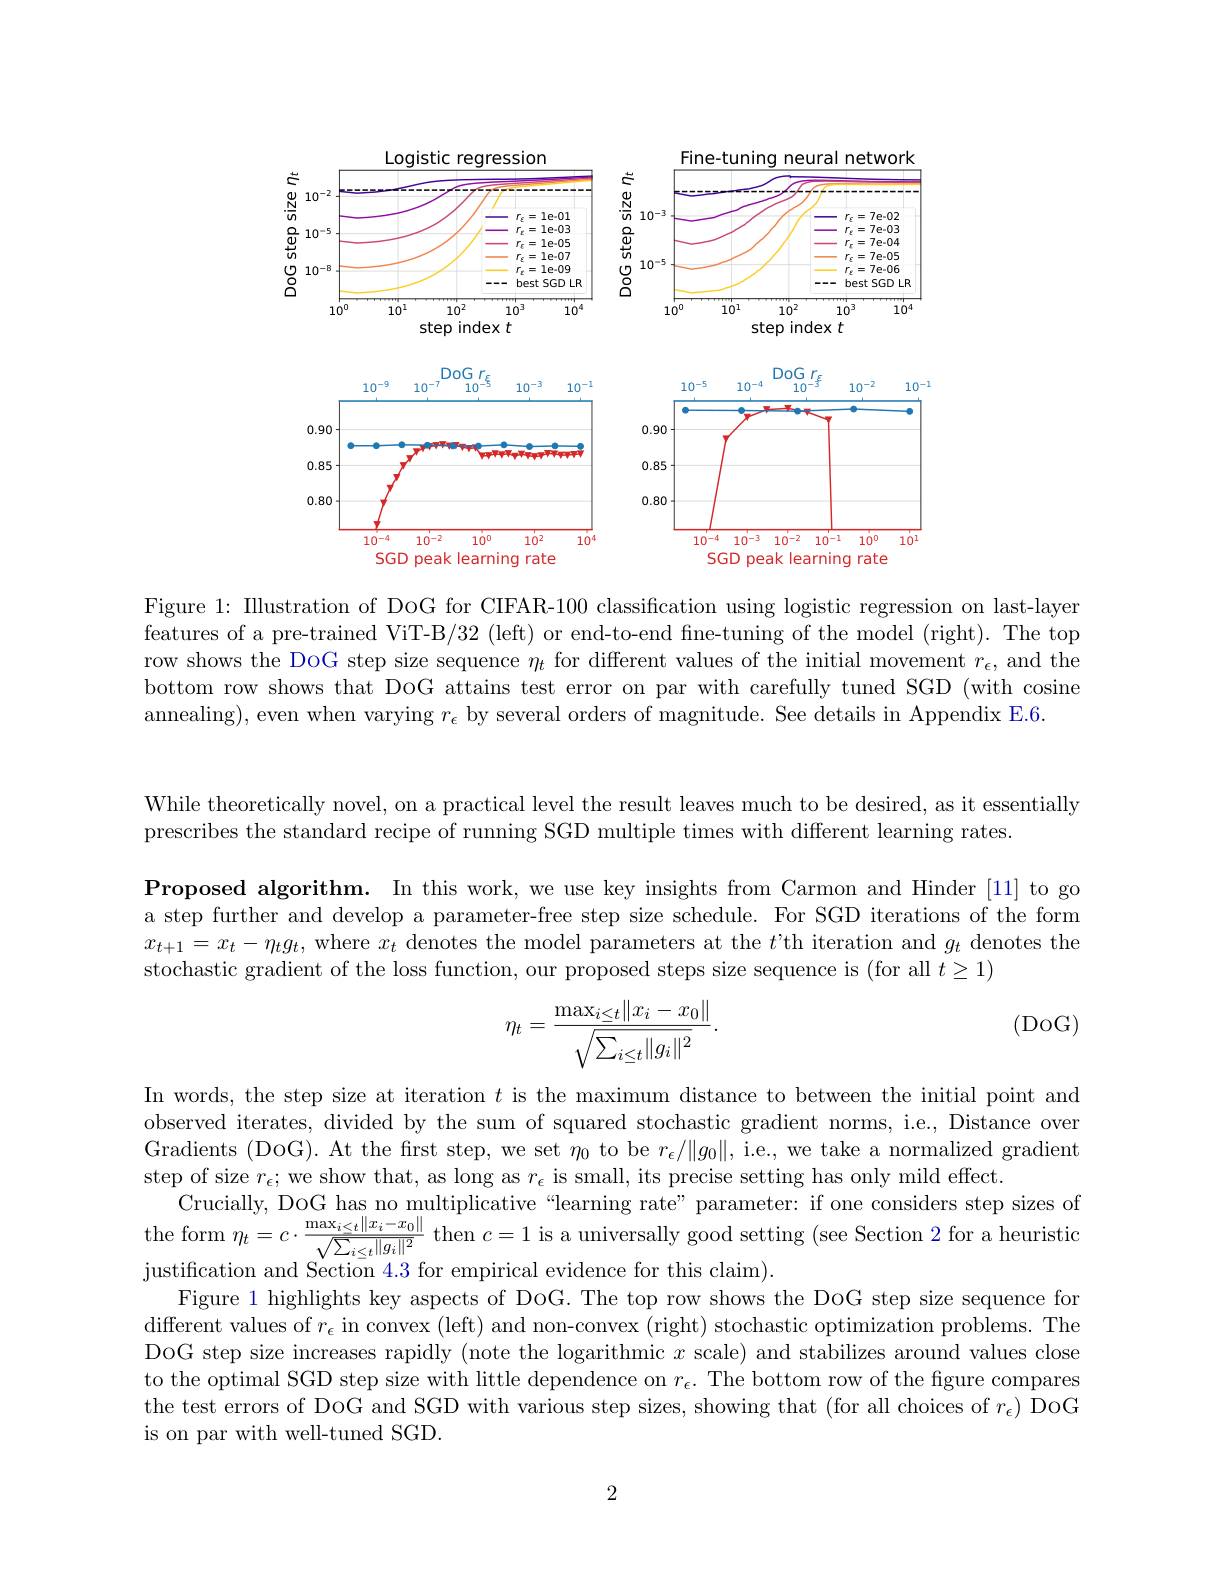
<FigureHere>

Figure 1: Illustration of DoG for CIFAR-100 classification using logistic regression on last-layer features of a pre-trained ViT-B/32 (left) or end-to-end fine-tuning of the model (right). The top row shows the DoG step size sequence $\eta_t$ for different values of the initial movement $r_\epsilon$, and the bottom row shows that DoG attains test error on par with carefully tuned SGD (with cosine annealing), even when varying $r_\epsilon$ by several orders of magnitude. See details in Appendix E.6.

While theoretically novel, on a practical level the result leaves much to be desired, as it essentially
prescribes the standard recipe of running SGD multiple times with different learning rates.

Proposed algorithm. In this work, we use key insights from Carmon and Hinder [11] to go a step further and develop a parameter-free step size schedule. For SGD iterations of the form $x_{t+1}=x_t-\eta_tg_t$, where $x_t$ denotes the model parameters at the $t’$th iteration and $g_t$ denotes the stochastic gradient of the loss function, our proposed steps size sequence is (for all $t\geq1)$

(DoG)
$$\eta_t=\frac{\max_{i\le t}\|x_i-x_0\|}{\sqrt{\sum_{i\le t}\|g_i\|^2}}.$$
$\begin{array}{c}\mathrm{Crucially,~DOG~has~no~multiplicative~“learning~rate”parameter:~if~one~considers~step~sizes~of}\\\mathrm{the~form~\eta_{t}=c\cdot\frac{\max_{i\leq t}\|x_{i}-x_{0}\|}{\sqrt{\sum_{i\leq t}\|g_{i}\|^{2}}}~\mathrm{then~}c=1~\mathrm{is~a~universally~good~setting~(see~Section~2~for~a~heuristic}}\end{array}$
justification and Section 4. 3 for empirical evidence for this claim) .

In words, the step size at iteration $t$ is the maximum distance to between the initial point and observed iterates, divided by the sum of squared stochastic gradient norms, i.e, Distance over Gradients (DoG). At the first step, we set $\eta_0$ to be $r_\epsilon/\|g_0\|$, i.e., we take a normalized gradient step of size $r_\epsilon;$ we show that, as long as $r_\epsilon$ is small, its precise setting has only mild effect.
Figure 1 highlights key aspects of DoG. The top row shows the DoG step size sequence for ${\text{different values of }r_{\epsilon}}$ in convex (left) and non-convex (right) stochastic optimization problems. The DoG step size increases rapidly (note the logarithmic $x$ scale) and stabilizes around values close to the optimal SGD step size with little dependence on $r_\epsilon.$ The bottom row of the figure compares the test errors of DoG and SGD with various step sizes, showing that (for all choices of $r_\epsilon)$ DoG is on par with well-tuned SGD.

2